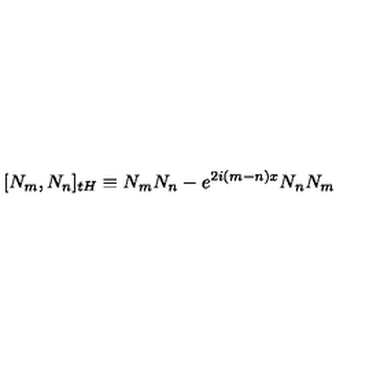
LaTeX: \lbrack N _ { m } , N _ { n } ] _ { t H } \equiv N _ { m } N _ { n } - e ^ { 2 i ( m - n ) x } N _ { n } N _ { m }